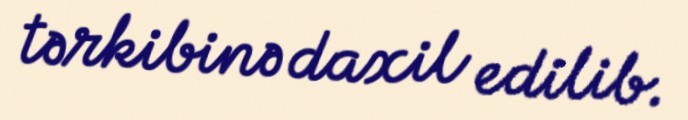
tərkibinə daxil edilib.